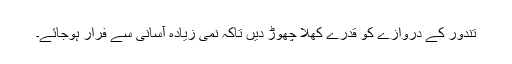
تندور کے دروازے کو قدرے کھلا چھوڑ دیں تاکہ نمی زیادہ آسانی سے فرار ہوجائے۔